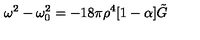
\omega ^ { 2 } - \omega _ { 0 } ^ { 2 } = - 1 8 \pi \rho ^ { 4 } [ 1 - \alpha ] \tilde { G }